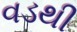
વડથી